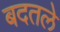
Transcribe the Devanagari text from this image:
बदतले